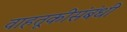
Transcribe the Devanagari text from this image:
वाहतूकीसंबंधी